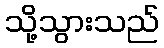
သို့သွားသည်